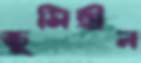
ভুমিহীন